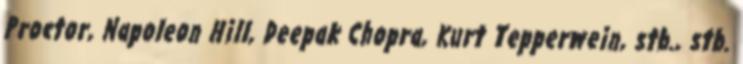
Proctor, Napoleon Hill, Deepak Chopra, Kurt Tepperwein, stb., stb.